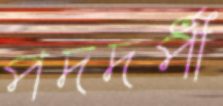
পদদর্পী